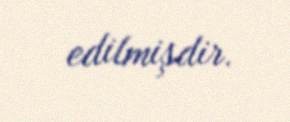
edilmişdir.